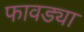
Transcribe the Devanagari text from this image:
फावड्या